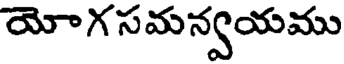
యోగ సమన్వయము